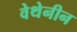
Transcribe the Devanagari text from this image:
वेथेनीन